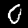
Digit: 0